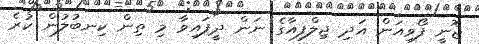
ޖޮނީ ފޯވިއަން އަދި ޖިލްފިއާގެ ނަން ދީފައިވާ މި ތިން ކިނބުލުން ކުރެ